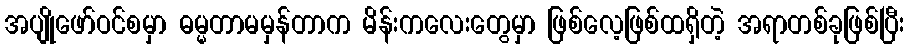
အပျိုဖော်ဝင်စမှာ ဓမ္မတာမမှန်တာက မိန်းကလေးတွေမှာ ဖြစ်လေ့ဖြစ်ထရှိတဲ့ အရာတစ်ခုဖြစ်ပြီး